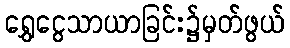
ရွှေငွေသာယာခြင်း၌မှတ်ဖွယ်